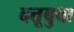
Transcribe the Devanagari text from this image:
दत्तूबुवा